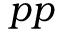
p p